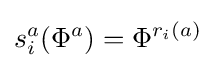
s_{i}^{a}(\Phi ^{a})=\Phi ^{r_{i}(a)}